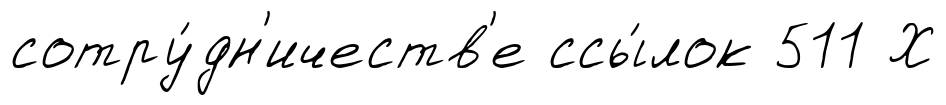
сотру́дн'ичеств'е ссы́лок 511 Х